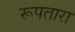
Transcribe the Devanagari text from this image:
रूपतारा